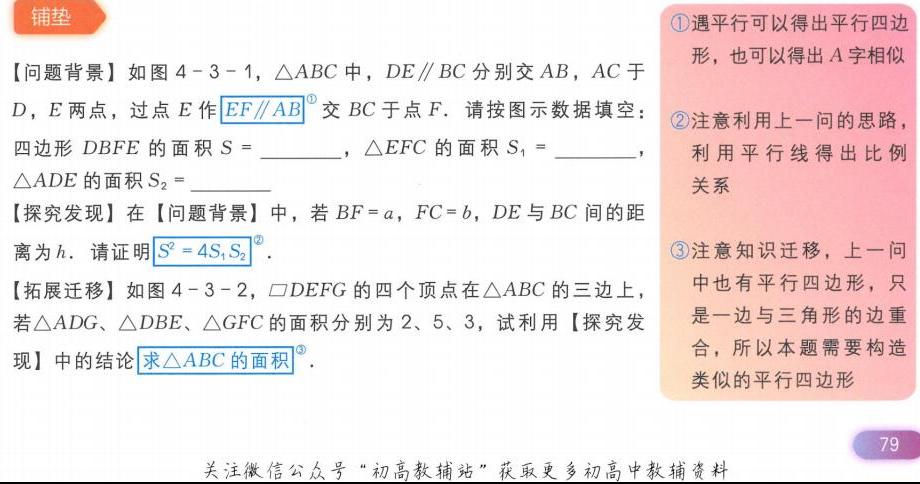
【铺垫】
【问题背景】如图 4 - 3 - 1，\(\triangle ABC\)中，\(DE\parallel BC\)分别交\(AB\)，\(AC\)于\(D\)，\(E\)两点，过点\(E\)作\(EF\parallel AB\)交\(BC\)于点\(F\). 请按图示数据填空：
四边形\(DBFE\)的面积\(S =\)  ，\(\triangle EFC\)的面积\(S_{1}=\)  ，\(\triangle ADE\)的面积\(S_{2}=\)  。
【探究发现】在【问题背景】中，若\(BF = a\)，\(FC = b\)，\(DE\)与\(BC\)间的距离为\(h\). 请证明\(S^{2}=4S_{1}S_{2}\)。
【拓展迁移】如图 4 - 3 - 2，\(\square DEFG\)的四个顶点在\(\triangle ABC\)的三边上，若\(\triangle ADG\)、\(\triangle DBE\)、\(\triangle GFC\)的面积分别为\(2\)、\(5\)、\(3\)，试利用【探究发现】中的结论求\(\triangle ABC\)的面积。
\textcircled{1}遇平行可以得出平行四边形，也可以得出\(A\)字相似
\textcircled{2}注意利用上一问的思路，利用平行线得出比例关系
\textcircled{3}注意知识迁移，上一问中也有平行四边形，只是一边与三角形的边重合，所以本题需要构造类似的平行四边形
关注微信公众号“初高教辅站”获取更多初高中教辅资料
79